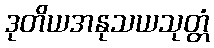
ဒုတိယအနုသယသုတ္တံ